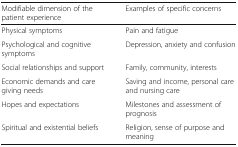
| Modifiable dimension of the patient experience | Examples of specific concerns |
 | --- | --- |
 | Physical symptoms | Pain and fatigue |
 | Psychological and cognitive symptoms | Depression, anxiety and confusion |
 | Social relationships and support | Family, community, interests |
 | Economic demands and care giving needs | Saving and income, personal care and nursing care |
 | Hopes and expectations | Milestones and assessment of prognosis |
 | Spiritual and existential beliefs | Religion, sense of purpose and meaning |